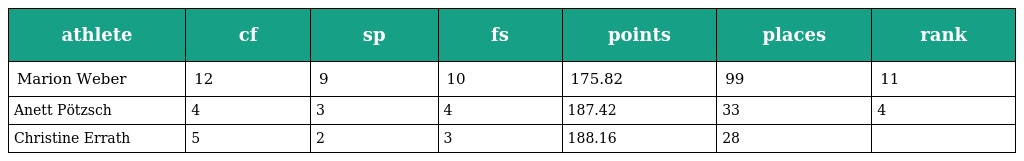
| athlete | cf | sp | fs | points | places | rank |
 | --- | --- | --- | --- | --- | --- | --- |
 | Marion Weber | 12 | 9 | 10 | 175.82 | 99 | 11 |
 | Anett Pötzsch | 4 | 3 | 4 | 187.42 | 33 | 4 |
 | Christine Errath | 5 | 2 | 3 | 188.16 | 28 |  |